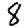
Digit: 8